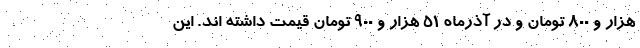
هزار و ۸۰۰ تومان و در آذرماه ۵۱ هزار و ۹۰۰ تومان قیمت داشته اند. این